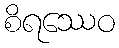
စိရဿေဝ